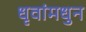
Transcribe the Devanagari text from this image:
धृवांमधुन